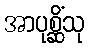
အာပုစ္ဆိံသု